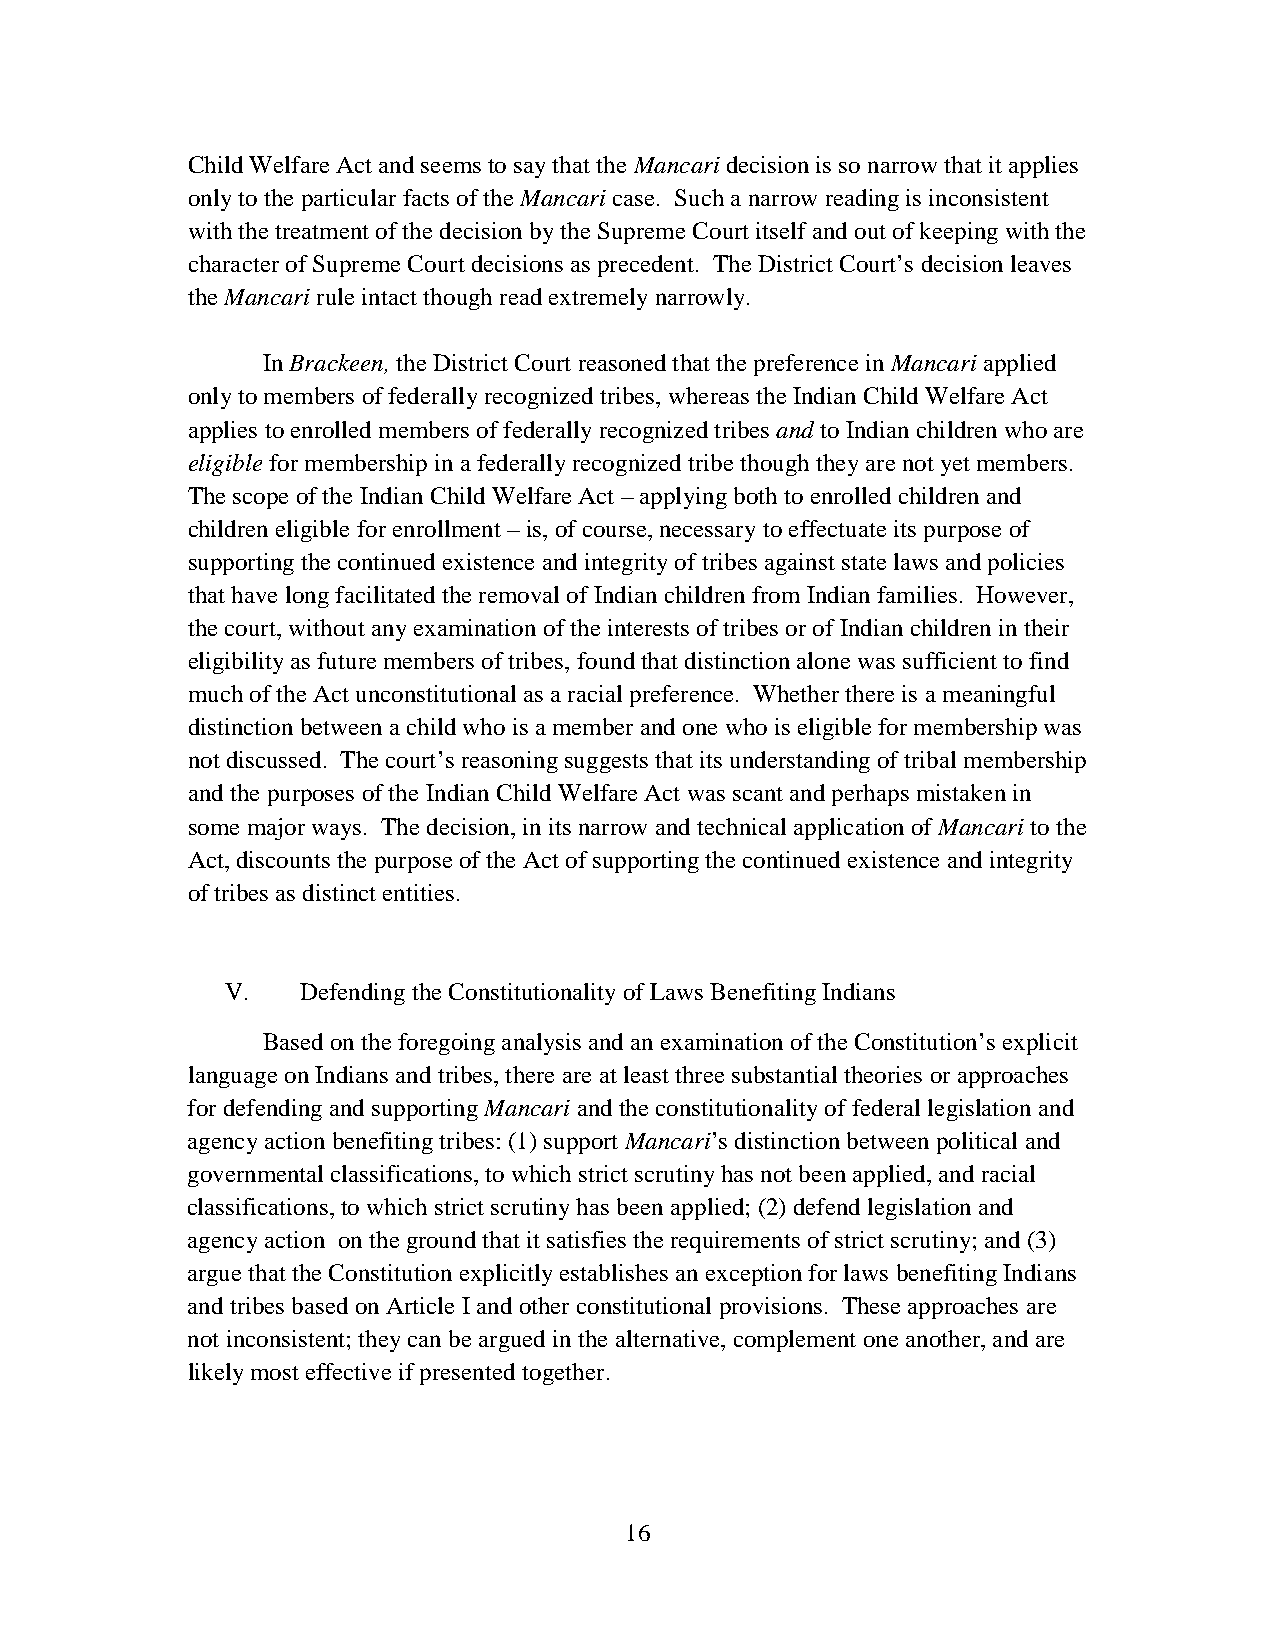
Child Welfare Act and seems to say that the Mancari decision is so narrow that it applies
 only to the particular facts of the Mancari case. Such a narrow reading is inconsistent
 with the treatment of the decision by the Supreme Court itself and out of keeping with the
 character of Supreme Court decisions as precedent. The District Court’s decision leaves
 the Mancari rule intact though read extremely narrowly.
 In Brackeen, the District Court reasoned that the preference in Mancari applied
 only to members of federally recognized tribes, whereas the Indian Child Welfare Act
 applies to enrolled members of federally recognized tribes and to Indian children who are
 eligible for membership in a federally recognized tribe though they are not yet members.
 The scope of the Indian Child Welfare Act – applying both to enrolled children and
 children eligible for enrollment – is, of course, necessary to effectuate its purpose of
 supporting the continued existence and integrity of tribes against state laws and policies
 that have long facilitated the removal of Indian children from Indian families. However,
 the court, without any examination of the interests of tribes or of Indian children in their
 eligibility as future members of tribes, found that distinction alone was sufficient to find
 much of the Act unconstitutional as a racial preference. Whether there is a meaningful
 distinction between a child who is a member and one who is eligible for membership was
 not discussed. The court’s reasoning suggests that its understanding of tribal membership
 and the purposes of the Indian Child Welfare Act was scant and perhaps mistaken in
 some major ways. The decision, in its narrow and technical application of Mancari to the
 Act, discounts the purpose of the Act of supporting the continued existence and integrity
 of tribes as distinct entities.
 V.   Defending the Constitutionality of Laws Benefiting Indians
 Based on the foregoing analysis and an examination of the Constitution’s explicit
 language on Indians and tribes, there are at least three substantial theories or approaches
 for defending and supporting Mancari and the constitutionality of federal legislation and
 agency action benefiting tribes: (1) support Mancari’s distinction between political and
 governmental classifications, to which strict scrutiny has not been applied, and racial
 classifications, to which strict scrutiny has been applied; (2) defend legislation and
 agency action on the ground that it satisfies the requirements of strict scrutiny; and (3)
 argue that the Constitution explicitly establishes an exception for laws benefiting Indians
 and tribes based on Article I and other constitutional provisions. These approaches are
 not inconsistent; they can be argued in the alternative, complement one another, and are
 likely most effective if presented together.
 16